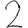
Digit: 2